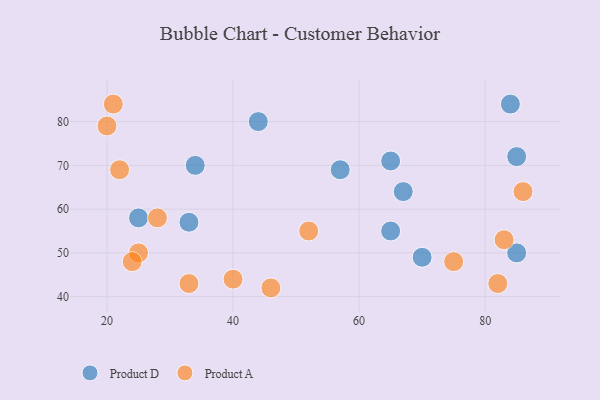
{"axis": {"x": "GDP", "y": "Life Expectancy"}, "legend": ["Product A", "Product D"], "data": [{"x": "65", "y": 71, "type": "Product D"}, {"x": "85", "y": 72, "type": "Product D"}, {"x": "25", "y": 58, "type": "Product D"}, {"x": "70", "y": 49, "type": "Product D"}, {"x": "34", "y": 70, "type": "Product D"}, {"x": "67", "y": 64, "type": "Product D"}, {"x": "85", "y": 50, "type": "Product D"}, {"x": "65", "y": 55, "type": "Product D"}, {"x": "33", "y": 57, "type": "Product D"}, {"x": "84", "y": 84, "type": "Product D"}, {"x": "57", "y": 69, "type": "Product D"}, {"x": "44", "y": 80, "type": "Product D"}, {"x": "20", "y": 79, "type": "Product A"}, {"x": "52", "y": 55, "type": "Product A"}, {"x": "75", "y": 48, "type": "Product A"}, {"x": "22", "y": 69, "type": "Product A"}, {"x": "83", "y": 53, "type": "Product A"}, {"x": "33", "y": 43, "type": "Product A"}, {"x": "25", "y": 50, "type": "Product A"}, {"x": "24", "y": 48, "type": "Product A"}, {"x": "21", "y": 84, "type": "Product A"}, {"x": "46", "y": 42, "type": "Product A"}, {"x": "28", "y": 58, "type": "Product A"}, {"x": "40", "y": 44, "type": "Product A"}, {"x": "86", "y": 64, "type": "Product A"}, {"x": "82", "y": 43, "type": "Product A"}]}